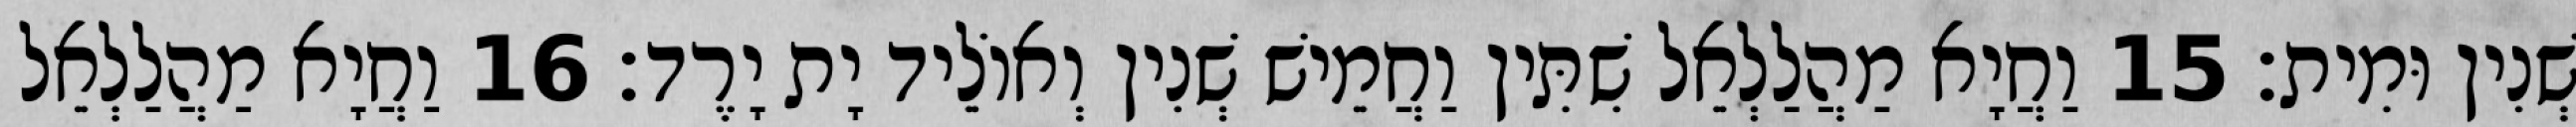
שְׁנִין וּמִית׃ 15 וַחֲיָא מַהֲלַלְאֵל שִׁתִּין וַחֲמֵישׁ שְׁנִין וְאוֹלֵיד יָת יָרֶד׃ 16 וַחֲיָא מַהֲלַלְאֵל